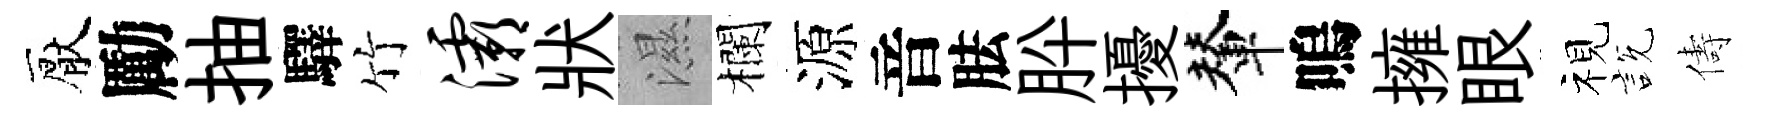
厭勵抽驛竹灞狀濕欄源音胠肸擾輦嗚擁眼视説儔